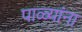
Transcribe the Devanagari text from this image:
पाळ्यांना